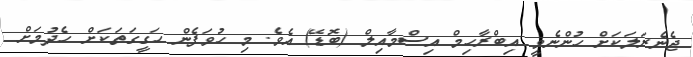
ޖެނެރަލަކަށް ހުންނެވީ އިބްރާހިމް އިސްމާއިލް (ބޮޑޭ) އެވެ. މި ހުވަފެން ހަގީގަތަކަށް ހެދުމަށް